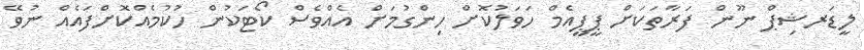
ލީޑަރޝިޕް ނޫން ފަރާތަކަށް ޕީޕީއެމް ހަވަލުކޮށް ހިންގުމަށް އެެއްވެސް ކޯޓަކުން ހުކުމެއްކޮށްފައެއް ނުވޭ